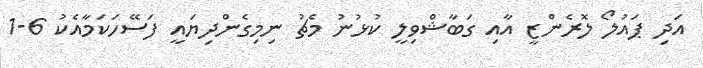
އަދި ޕައުލޯ ލޮރެންޒީ އާއި ގަބާޝްވިލީ ކުޅުނު މެޗު ނިމިގެންދިޔައީ ފަސޭހަކަމާއެކު 6-1